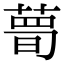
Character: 𦷹